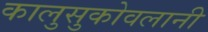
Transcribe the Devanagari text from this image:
कालुसुकोवलानी